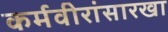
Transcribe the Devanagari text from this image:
कर्मवीरांसारखा